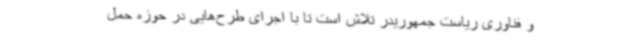
و فناوری ریاست جمهوریدر تلاش است تا با اجرای طرح‌هایی در حوزه حمل